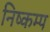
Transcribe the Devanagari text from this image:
निष्कम्प